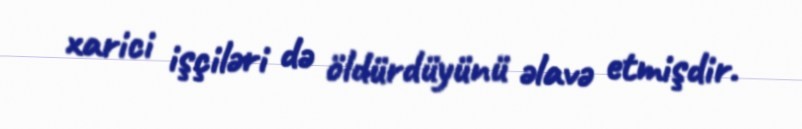
xarici işçiləri də öldürdüyünü əlavə etmişdir.